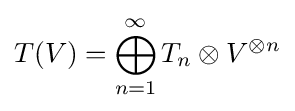
T(V)=\bigoplus _{n=1}^{\infty }T_{n}\otimes V^{\otimes n}